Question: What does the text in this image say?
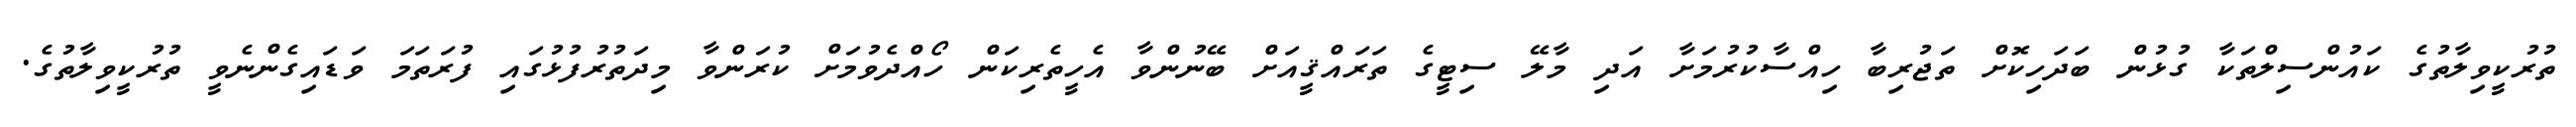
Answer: ތުރުކީވިލާތުގެ ކައުންސިލްތަކާ ގުޅުން ބަދަހިކޮށް ތަޖުރިބާ ހިއްސާކުރުމަށާ އަދި މާލޭ ސިޓީގެ ތަރައްޤީއަށް ބޭނުންވާ އެހީތެރިކަން ހޯއްދެވުމަށް ކުރަންވާ މިދަތުރުފުޅުގައި ފުރަތަމަ ވަޑައިގެންނެވީ ތުރުކީވިލާތުގެ.